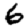
Digit: 6